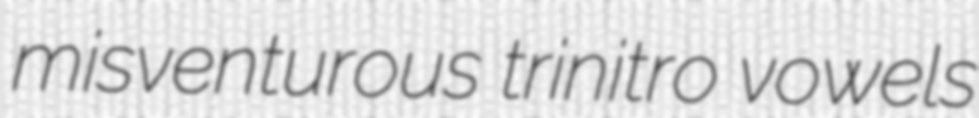
misventurous trinitro vowels